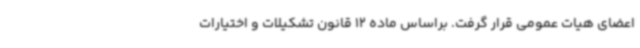
اعضای هیات عمومی قرار گرفت. براساس ماده 12 قانون تشکیلات و اختیارات